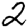
Digit: 2